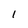
Character: I